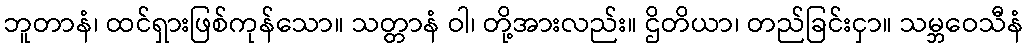
ဘူတာနံ၊ ထင်ရှားဖြစ်ကုန်သော။ သတ္တာနံ ဝါ၊ တို့အားလည်း။ ဌိတိယာ၊ တည်ခြင်းငှာ။ သမ္ဘဝေသီနံ